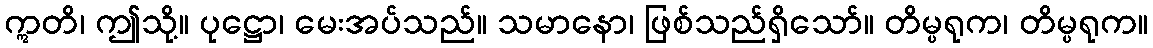
ဣတိ၊ ဤသို့။ ပုဋ္ဌော၊ မေးအပ်သည်။ သမာနော၊ ဖြစ်သည်ရှိသော်။ တိမ္ပရုက၊ တိမ္ပရုက။